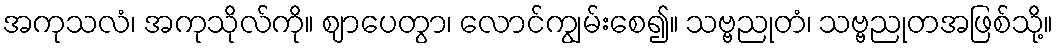
အကုသလံ၊ အကုသိုလ်ကို။ ဈာပေတွာ၊ လောင်ကျွမ်းစေ၍။ သဗ္ဗညုတံ၊ သဗ္ဗညုတအဖြစ်သို့။